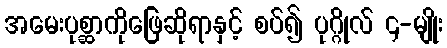
အမေးပုစ္ဆာကိုဖြေဆိုရာနှင့် စပ်၍ ပုဂ္ဂိုလ် ၄-မျိုး